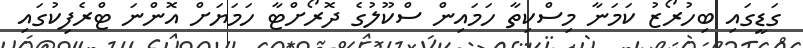
ގަޑީގައި ބިހުރޯޒު ކަމަނާ މިސްކިތާ ހަމައިން ސްކޫލުގެ ދޮރޯށްޓާ ހަމަޔަށް އޮންނަ ޓްރެފިކުގައި